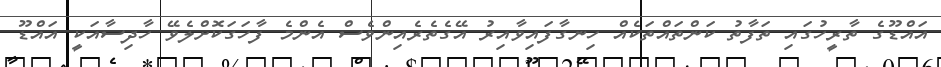
އައްޑޫގެ ތާރީހުގައި ތަފާތު ކަންތައްތަކެއް ހިނގާފައިވާއިރު އޭގެތެރެއިންވެސް އެންމެ ފާހަގަކޮށްލެވޭ ހާދިސާއަކީ އައްޑޫ